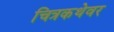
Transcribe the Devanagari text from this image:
चित्रकथेवर